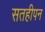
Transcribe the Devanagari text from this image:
सतहीपन